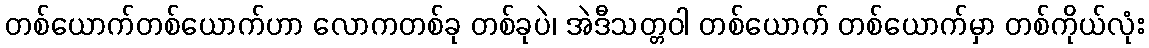
တစ်ယောက်တစ်ယောက်ဟာ လောကတစ်ခု တစ်ခုပဲ၊ အဲဒီသတ္တဝါ တစ်ယောက် တစ်ယောက်မှာ တစ်ကိုယ်လုံး